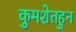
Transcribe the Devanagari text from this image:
कुमशेतहुन